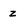
Character: z